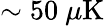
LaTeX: \sim 50~\mu\mathrm{K}